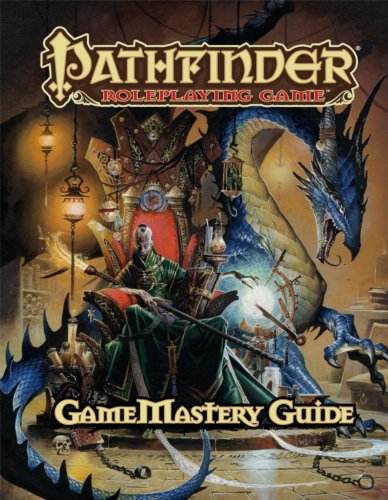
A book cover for Pathfinder Roleplaying Game: GameMastery Guide; Cam Banks; Science Fiction & Fantasy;